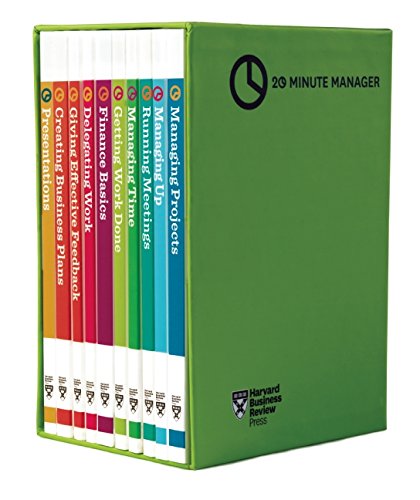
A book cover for HBR 20-Minute Manager Boxed Set (10 Books) (HBR 20-Minute Manager Series); Harvard Business Review; Business & Money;